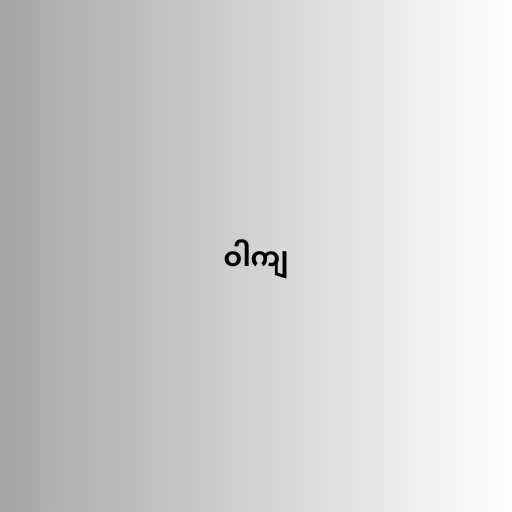
ဝါကျ